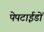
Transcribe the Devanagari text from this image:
पेपटाईडों